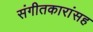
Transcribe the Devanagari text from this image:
संगीतकारांसह